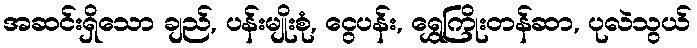
အဆင်းရှိသော ချည်, ပန်းမျိုးစုံ, ငွေပန်း, ရွှေကြိုးတန်ဆာ, ပုလဲသွယ်